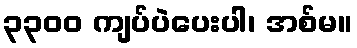
၃၃၀၀ ကျပ်ပဲပေးပါ၊ အစ်မ။